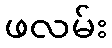
ဖလမ်း